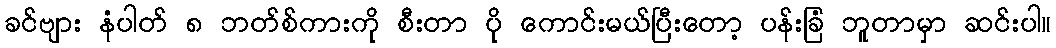
ခင်ဗျား နံပါတ် ၈ ဘတ်စ်ကားကို စီးတာ ပို ကောင်းမယ်ပြီးတော့ ပန်းခြံ ဘူတာမှာ ဆင်းပါ။